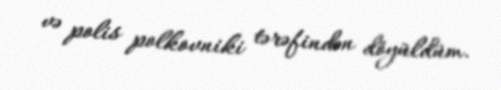
və polis polkovniki tərəfindən döyüldüm.